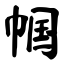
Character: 帼